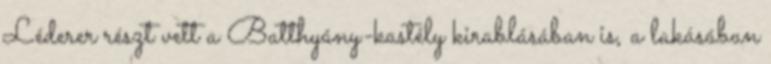
Léderer részt vett a Batthyány-kastély kirablásában is, a lakásában